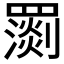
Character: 𦌧